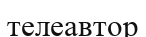
телеавтор